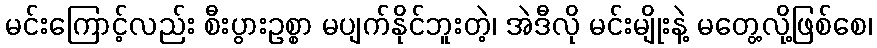
မင်းကြောင့်လည်း စီးပွားဥစ္စာ မပျက်နိုင်ဘူးတဲ့၊ အဲဒီလို မင်းမျိုးနဲ့ မတွေ့လို့ဖြစ်စေ၊